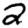
Digit: 2